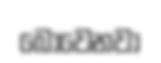
බෝවෙනවා